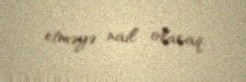
etməyə nail olacaq.